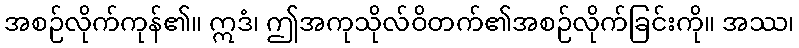
အစဉ်လိုက်ကုန်၏။ ဣဒံ၊ ဤအကုသိုလ်ဝိတက်၏အစဉ်လိုက်ခြင်းကို။ အဿ၊